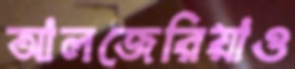
আলজেরিয়াও